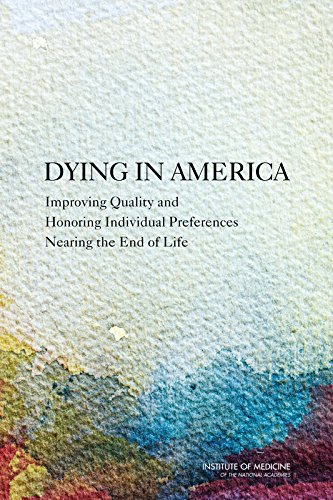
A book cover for Dying in America:: Improving Quality and Honoring Individual Preferences Near the End of Life; Committee on Approaching Death: Addressing Key End of Life Issues; Self-Help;